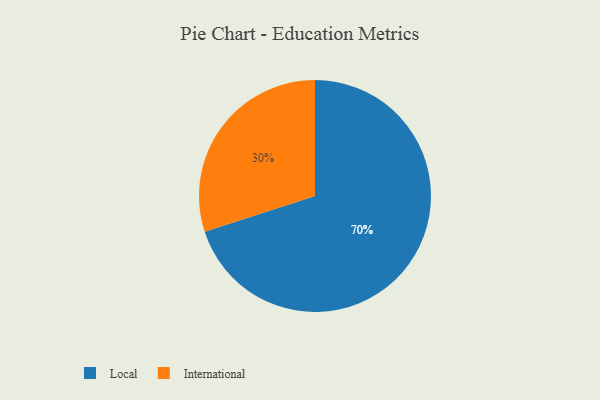
{"axis": {"x": "Category", "y": "Percentage"}, "legend": ["International", "Local"], "data": [{"x": "Local", "y": 70, "type": "Local"}, {"x": "International", "y": 30, "type": "International"}]}